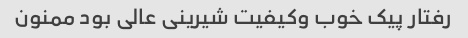
رفتار پیک خوب وکیفیت شیرینی عالی بود ممنون